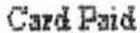
CARD PAID